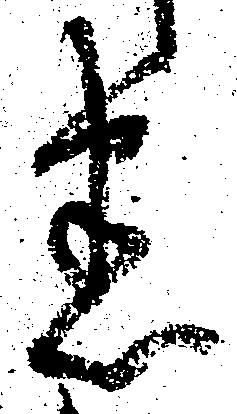
悉